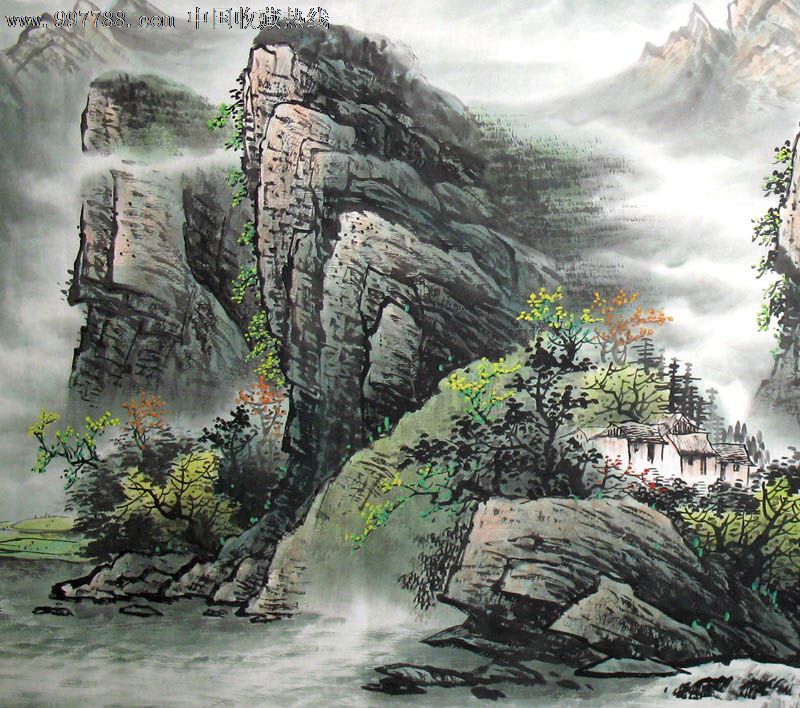
使君宏放，谈笑洗尽古今愁。